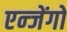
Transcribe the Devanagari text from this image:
एन्जेंगो